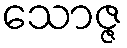
သောဇ္ဇ